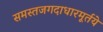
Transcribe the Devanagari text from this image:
समस्तजगदाधारमूर्तये